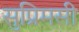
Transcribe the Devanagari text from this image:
सुप्रिमसी